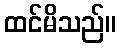
ထင်မိသည်။